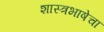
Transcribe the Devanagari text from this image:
शास्त्रभाषेचा